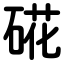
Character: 硴